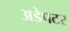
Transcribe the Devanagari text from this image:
अडेपटर